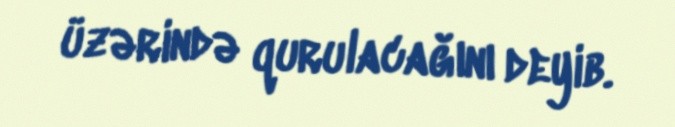
üzərində qurulacağını deyib.